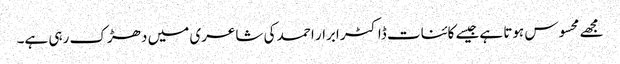
مجھے محسوس ہوتا ہےجیسے کائنات ڈاکٹر ابرار احمد کی شاعری میں دھڑک رہی ہے۔